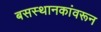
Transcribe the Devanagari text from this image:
बसस्थानकांवरून